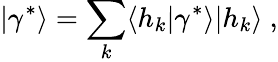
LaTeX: |\gamma^{\ast}\rangle=\sum_{k}\langle h_{k}|\gamma^{\ast}\rangle|h_{k}\rangle\ ,